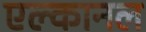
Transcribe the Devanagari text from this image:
एल्कानल